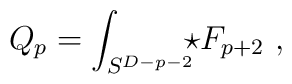
Q_p = \int_{S^{D-p-2}}\!\!\! \star F_{p+2}\ ,